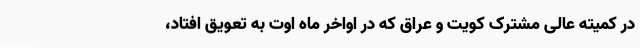
در کمیته عالی مشترک کویت و عراق که در اواخر ماه اوت به تعویق افتاد،